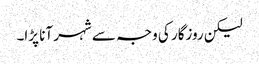
لیکن روزگار کی وجہ سے شہر آنا پڑا۔